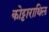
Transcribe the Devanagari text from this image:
कोट्टाराथिल